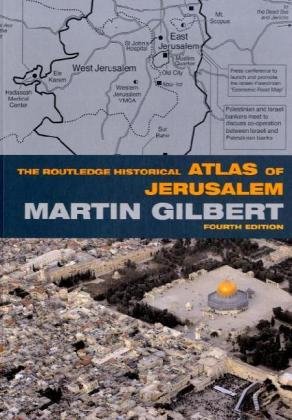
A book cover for The Routledge Historical Atlas of Jerusalem: Fourth edition (Routledge Historical Atlases); Martin Gilbert; Travel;